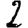
Digit: 2